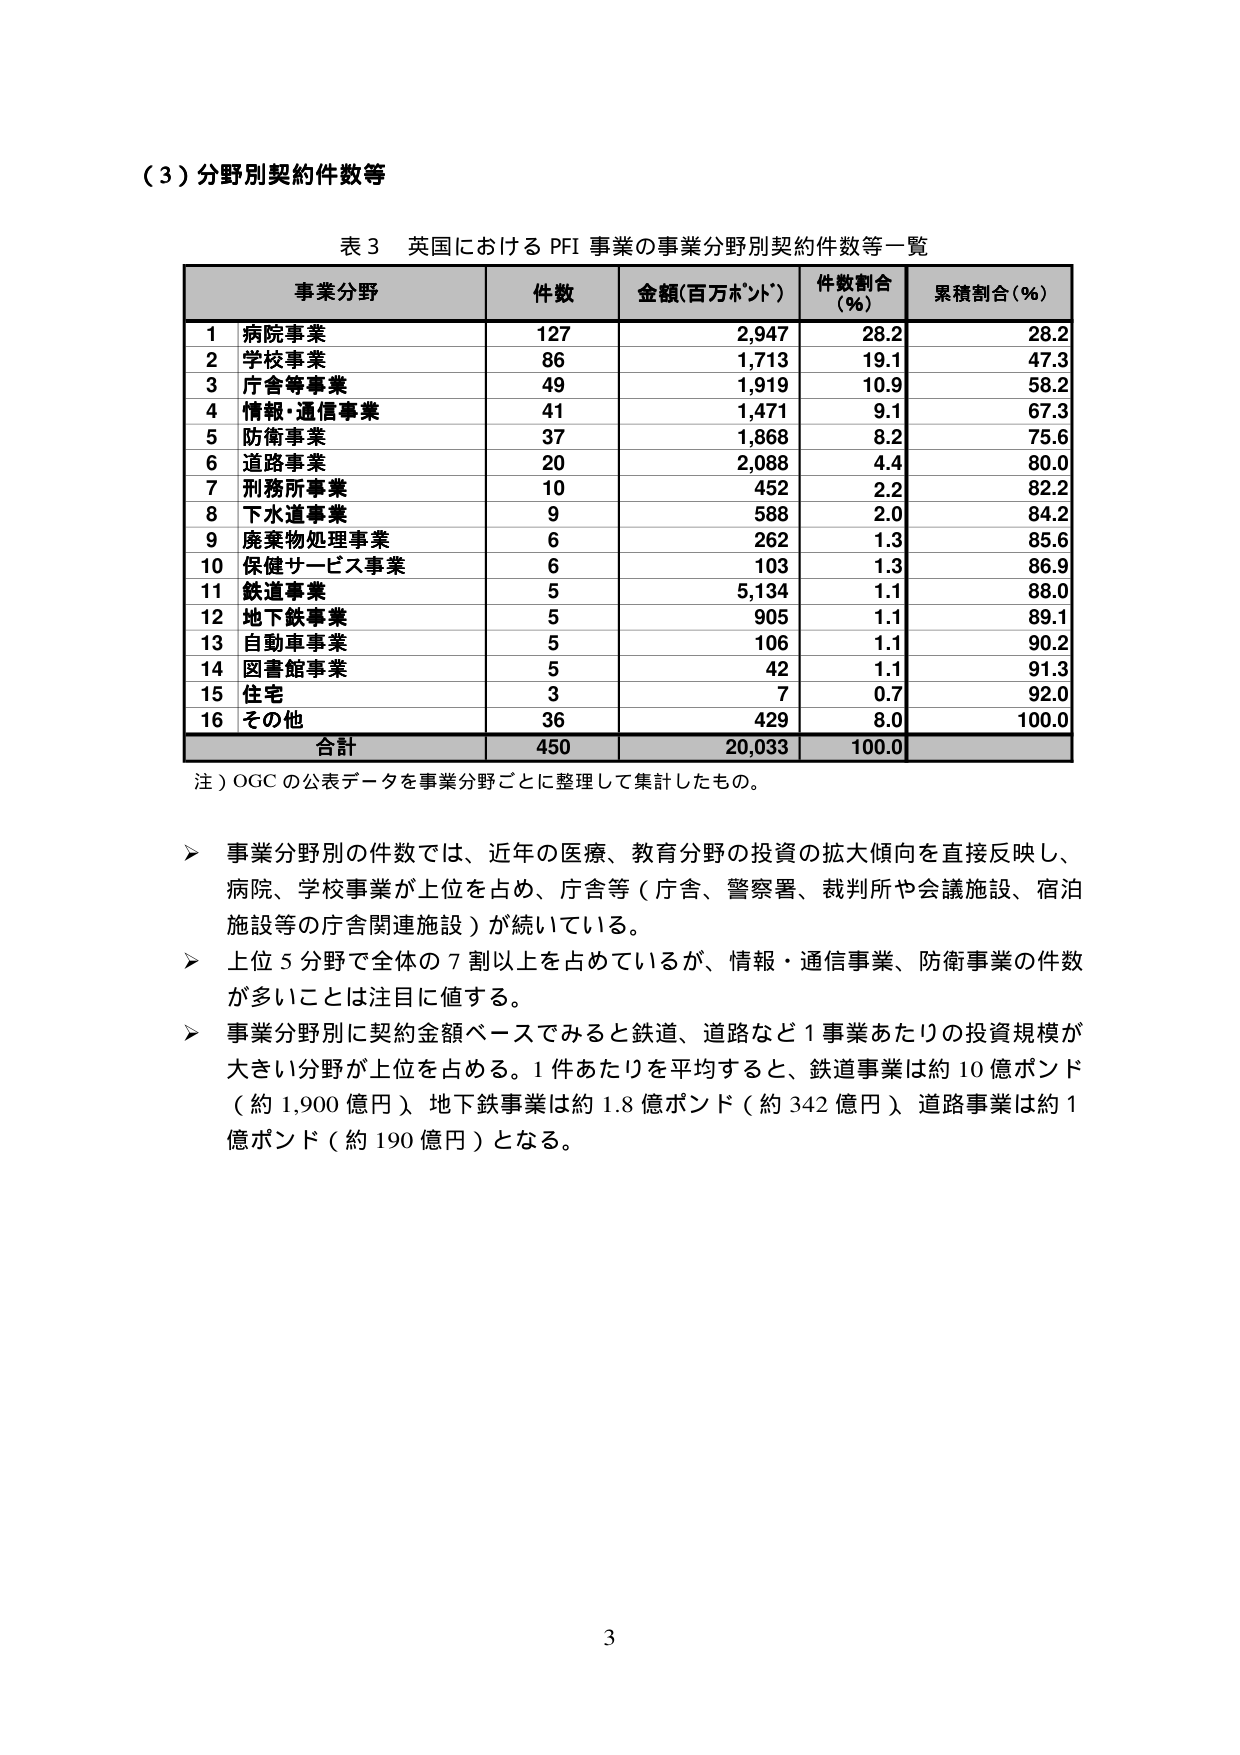
（３）分野別契約件数等

表３ 英国における PFI 事業の事業分野別契約件数等一覧

事業分野 件数 金額(百万ポンド*) 件数割合(%) 累積割合(%)
1 病院事業 127 2,947 28.2 28.2
2 学校事業 86 1,713 19.1 47.3
3 庁舎等事業 49 1,919 10.9 58.2
4 情報・通信事業 41 1,471 9.1 67.3
5 防衛事業 37 1,868 8.2 75.6
6 道路事業 20 2,088 4.4 80.0
7 刑務所事業 10 452 2.2 82.2
8 下水道事業 9 588 2.0 84.2
9 廃棄物処理事業 6 262 1.3 85.6
10 保健サービス事業 6 103 1.3 86.9
11 鉄道事業 5 5,134 1.1 88.0
12 地下鉄事業 5 905 1.1 89.1
13 自動車事業 5 106 1.1 90.2
14 図書館事業 5 42 1.1 91.3
15 住宅 3 7 0.7 92.0
16 その他 36 429 8.0 100.0
合計 450 20,033 100.0

注）OGC の公表データを事業分野ごとに整理して集計したもの。

➤ 事業分野別の件数では、近年の医療、教育分野の投資の拡大傾向を直接反映し、
病院、学校事業が上位を占め、庁舎等（庁舎、警察署、裁判所や会議施設、宿泊
施設等の庁舎関連施設）が続いている。

➤ 上位５分野で全体の７割以上を占めているが、情報・通信事業、防衛事業の件数
が多いことは注目に値する。

➤ 事業分野別に契約金額ベースでみると鉄道、道路など１事業あたりの投資規模が
大きい分野が上位を占める。１件あたりを平均すると、鉄道事業は約10億ポンド
（約1,900億円）、地下鉄事業は約1.8億ポンド（約342億円）、道路事業は約1
億ポンド（約190億円）となる。

3